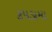
કપડામા